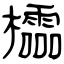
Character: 櫺